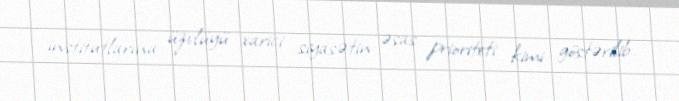
institutlarına üzvlüyü xarici siyasətin əsas prioriteti kimi göstərilib.